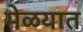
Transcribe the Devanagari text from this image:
मेळयात